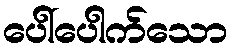
ပေါ်ပေါက်သော